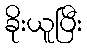
ခိုးယူပြီး